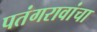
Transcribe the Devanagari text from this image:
पतंगरावांचा